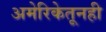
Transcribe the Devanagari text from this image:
अमेरिकेतूनही